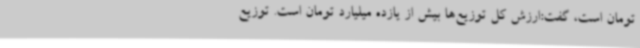
تومان است، گفت:ارزش کل توزیع‌ها بیش از یازده میلیارد تومان است. توزیع